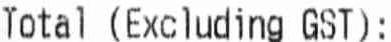
TOTAL (EXCLUDING GST):